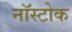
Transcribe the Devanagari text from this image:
नॉस्टोक